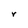
Character: r